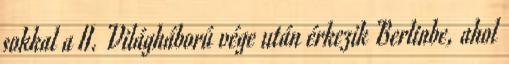
sokkal a II. Világháború vége után érkezik Berlinbe, ahol